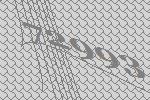
72993